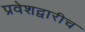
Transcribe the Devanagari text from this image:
प्रवेशद्वारीच